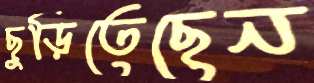
ছুড়িতেছেন